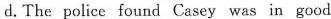
d.The police found Casey was in good